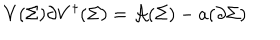
V ( \Sigma ) \partial V ^ { \dagger } ( \Sigma ) = { \cal A } ( \Sigma ) - a ( \partial \Sigma )